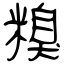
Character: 糗